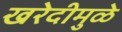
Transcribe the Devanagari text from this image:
खरेदीमुळे